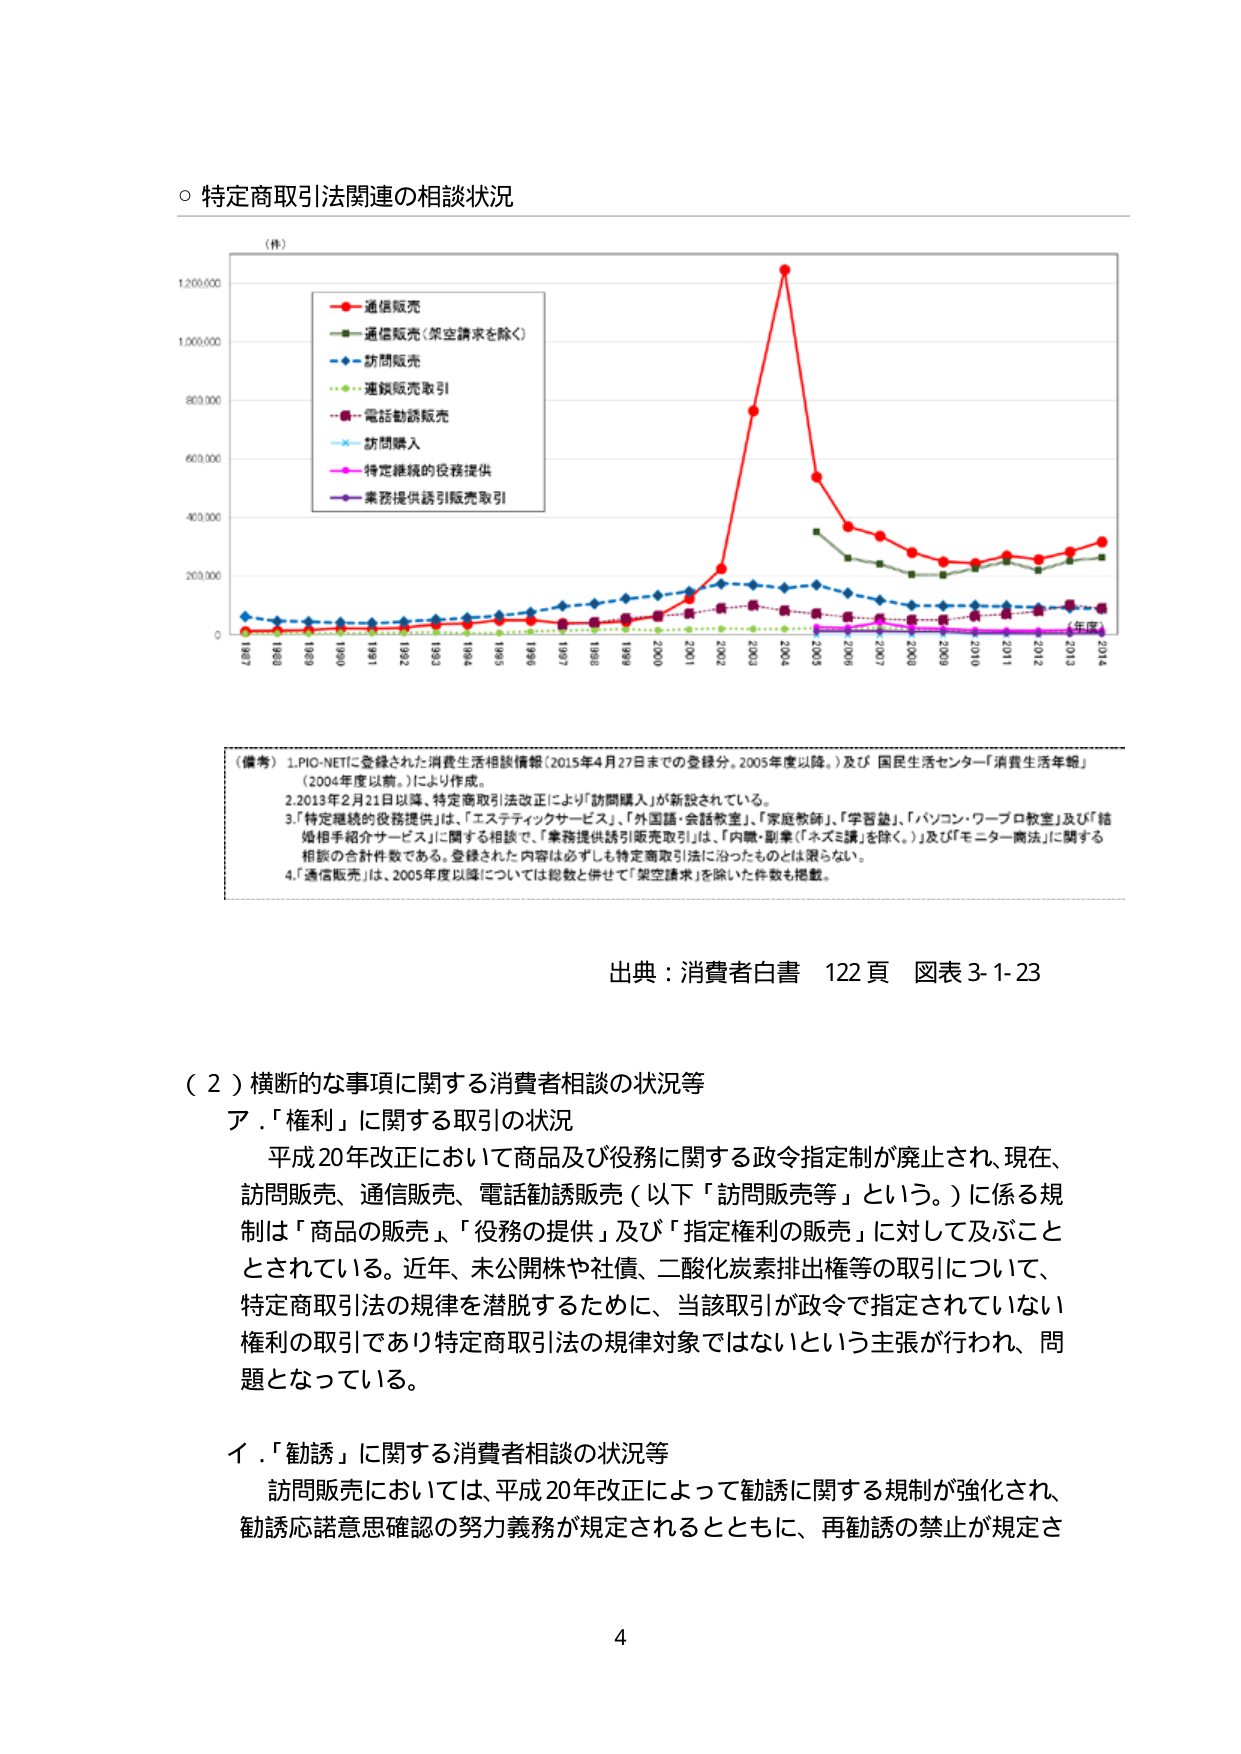
○ 特定商取引法関連の相談状況

（件）
1,200,000
1,000,000
800,000
600,000
400,000
200,000
0

■ 通信販売
■ 通信販売（架空請求を除く）
■ 訪問販売
■ 連鎖販売取引
■ 電話勧誘販売
■ 訪問購入
■ 特定継続的役務提供
■ 業務提供誘引販売取引

1987 1988 1989 1990 1991 1992 1993 1994 1995 1996 1997 1998 1999 2000 2001 2002 2003 2004 2005 2006 2007 2008 2009 2010 2011 2012 2013 2014
（年度）

（備考）1. PIO-NETに登録された消費生活相談情報（2015年4月27日までの登録分、2005年度以降。）及び 国民生活センター「消費生活年報」（2004年度以前。）により作成。
2. 2013年2月21日以降、特定商取引法改正により「訪問購入」が新設されている。
3. 「特定継続的役務提供」は、「エステティックサービス」、「外国語・会話教室」、「家庭教師」、「学習塾」、「パソコン・ワープロ教室」及び「結婚相手紹介サービス」に関する相談で、「業務提供誘引販売取引」は、「内職・副業（「ネズミ講」を除く。）」及び「モニター商法」に関する相談の合計件数である。登録された内容は必ずしも特定商取引法に沿ったものとは限らない。
4. 「通信販売」は、2005年度以降については総数と併せて「架空請求」を除いた件数も掲載。

出典：消費者白書 122頁 図表3-1-23

（２）横断的な事項に関する消費者相談の状況等
ア．「権利」に関する取引の状況
平成20年改正において商品及び役務に関する政令指定制が廃止され、現在、訪問販売、通信販売、電話勧誘販売（以下「訪問販売等」という。）に係る規制は「商品の販売」、「役務の提供」及び「指定権利の販売」に対して及ぶこととされている。近年、未公開株や社債、二酸化炭素排出権等の取引について、特定商取引法の規律を潜脱するために、当該取引が政令で指定されていない権利の取引であり特定商取引法の規律対象ではないという主張が行われ、問題となっている。

イ．「勧誘」に関する消費者相談の状況等
訪問販売においては、平成20年改正によって勧誘に関する規制が強化され、勧誘応諾意思確認の努力義務が規定されるとともに、再勧誘の禁止が規定さ

4